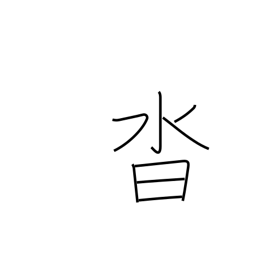
Meaning: shoes